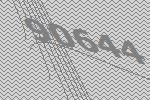
90644